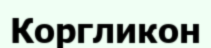
Коргликон